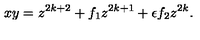
x y = z ^ { 2 k + 2 } + f _ { 1 } z ^ { 2 k + 1 } + \epsilon f _ { 2 } z ^ { 2 k } .